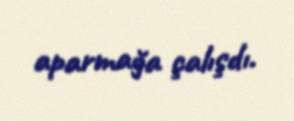
aparmağa çalışdı.